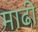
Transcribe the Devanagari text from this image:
माढी